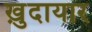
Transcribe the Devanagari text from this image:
ख़ुदायार